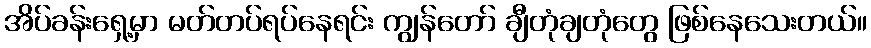
အိပ်ခန်းရှေ့မှာ မတ်တပ်ရပ်နေရင်း ကျွန်တော် ချီတုံချတုံတွေ ဖြစ်နေသေးတယ်။